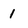
Character: 1